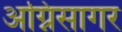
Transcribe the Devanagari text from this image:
अग्निसागर